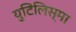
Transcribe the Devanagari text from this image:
युटिलिस्मा